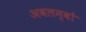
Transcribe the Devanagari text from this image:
अवलम्बों